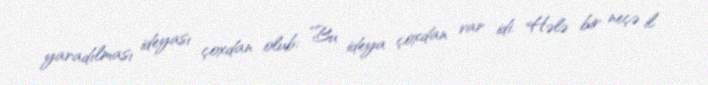
yaradılması ideyası çoxdan olub: ”Bu ideya çoxdan var idi. Hələ bir neçə il